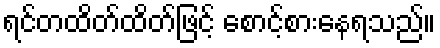
ရင်တထိတ်ထိတ်ဖြင့် စောင့်စားနေရသည်။